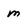
Character: m